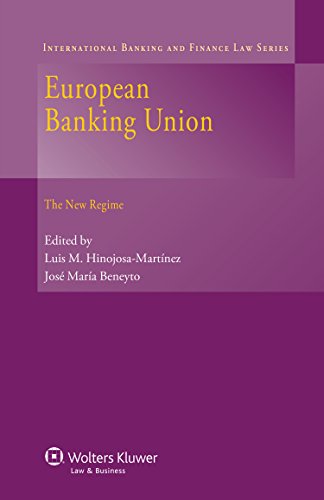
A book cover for European Banking Union: The New Regime (International Banking and Finance Law); Luis M. Hinojosa-Martinez; Law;